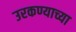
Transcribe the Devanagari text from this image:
उरकण्याच्या